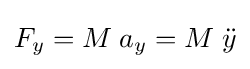
F_{y}=M\;a_{y}=M\;{\ddot {y}}